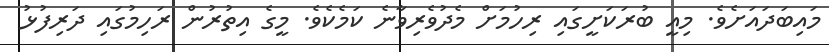
މައިބަދައަށެވެ. މިއީ ބުރަކަށީގައި ރިހުމަށް މެދުވެރިވާނެ ކަމެކެވެ. މީގެ އިތުރުން ރަހިމުގައި ދަރިފުޅު